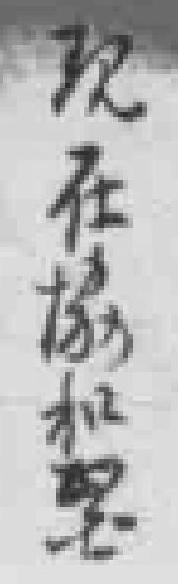
现在協和*